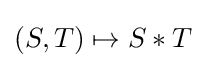
(S,T)\mapsto S*T